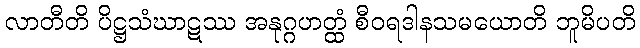
လာတီတိ ပိဋ္ဌသံဃာဋဿ အနုဂ္ဂဟတ္ထံ စီဝရဒါနသမယောတိ ဘူမိပတိ